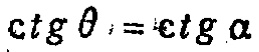
\(ctg\theta = ctg\alpha\)